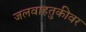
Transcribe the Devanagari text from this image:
जलवाहतुकीवर